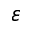
\varepsilon